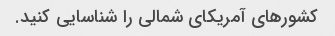
کشورهای آمریکای شمالی را شناسایی کنید.